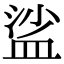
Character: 𥁲